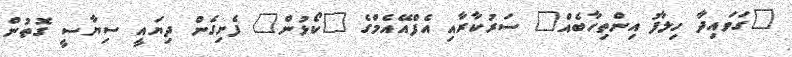
"ގަވައިދާ ހިލާފު އިންތިހާބެއް" ސަރުކާރާއި އެފްއޭއެމްގެ "ކޯޅުން" ފެށިގެން ދިޔައީ ސިޔާސީ ގޮތުން